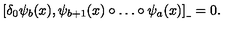
[ \delta _ { 0 } \psi _ { b } ( x ) , \psi _ { b + 1 } ( x ) \circ \dots \circ \psi _ { a } ( x ) ] _ { \_ } = 0 .